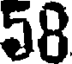
58